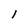
Character: l